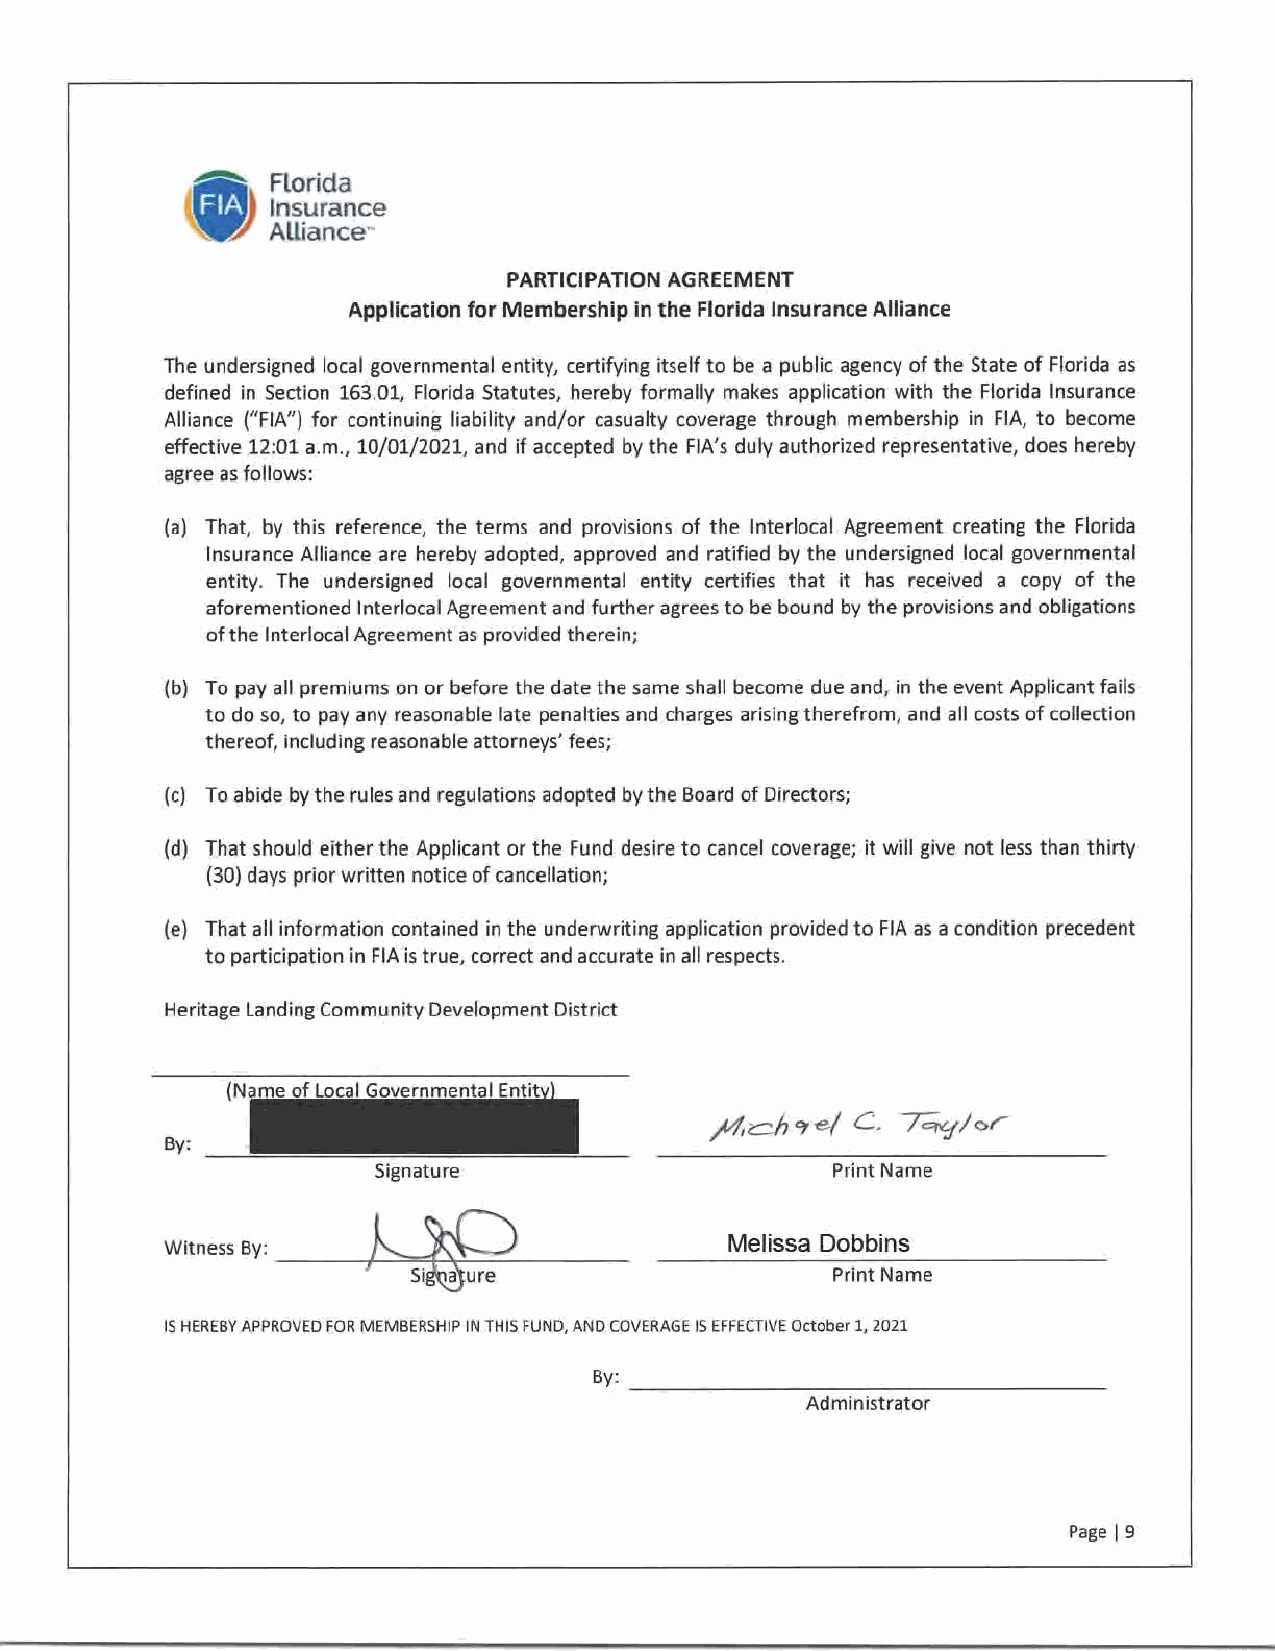
Florida
 Insurance
 Alliance~
 PARTICIPATION AGREEMENT
 Application for Membership in the Florida Insurance Alliance
 The undersigned local governmental entity, certifying itself to be a public agency of the State of Florida as
 defined in Section 163.01, Florida Statutes, hereby formally makes application with the Florida Insurance
 Alliance ("FIA") for continuing liability and/or casualty coverage through membership in FIA, to become
 effective 12:01 a.m., 10/01/2021, and if accepted by the FIA's duly authorized representative, does hereby
 agree as follows:
 (a) That, by this reference, the terms and provisions of the lnterlocal Agreement creating the Florida
 Insurance Alliance are hereby adopted, approved and ratified by the undersigned local governmental
 entity. The undersigned local governmental entity certifies that it has received a copy of the
 aforementioned lnterlocal Agreement and further agrees to be bound by the provisions and obligations
 ofthe lnterlocal Agreement as provided therein;
 (bl To pay all premiums on or before the date the same shall become due and, in the event Applicant fails
 to do so, to pay any reasonable late penalties and charges arising therefrom, and all costs of collection
 thereof, including reasonable attorneys' fees;
 (c) To abide by the ru les and regulations adopted by the Board of Directors;
 (d) That should either the Applicant or the Fund desire to cancel coverage; it will give not less than thirty
 (30) days prior written notice of cancellation;
 (e) That all information contained in the underwriting application provided to FIA as a condition precedent
 to participation in FIA is true, correct and accurate in all respects.
 Heritage landing Community Development District
 By:
 Signature                     Print Name
 l
 ~
 Witness By:                          Melissa Dobbins
 ----+/~-=S=i'fo-->ar,_.e.;_ .u-____
 Print Name
 IS HEREBY APPROVED FOR MEMBERSHIP IN THIS FUND, AND COVERAGE IS EFFECTIVE October 1, 2021
 By: ------------------
 Administrator
 Page I 9